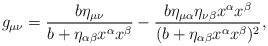
\begin{align*} g_{\mu\nu}=\frac{b\eta_{\mu\nu}}{b+\eta_{\alpha\beta}x^\alpha x^\beta}-\frac{b\eta_{\mu\alpha}\eta_{\nu\beta}x^\alpha x^\beta}{(b+\eta_{\alpha\beta}x^\alpha x^\beta)^2},\end{align*}